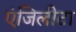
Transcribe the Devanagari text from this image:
एंजिलीटा